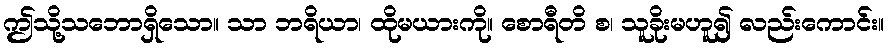
ဤသို့သဘောရှိသော။ သာ ဘရိယာ၊ ထိုမယားကို။ စောရီတိ စ၊ သူခိုးမဟူ၍ လည်းကောင်း။